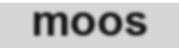
moos